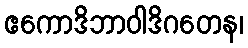
ဧကောဒိဘာဝါဒိဂတေန၊